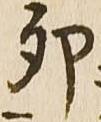
卯